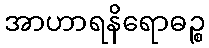
အာဟာရနိရောဓဉ္စ